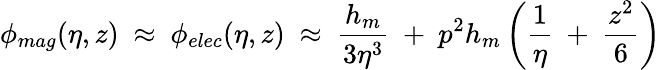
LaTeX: \phi_{mag}(\eta,z)~\approx~\phi_{elec}(\eta,z)~\approx~\frac{h_{m}}{3\eta^{3}}~+~p^{2}h_{m}\left(\frac 1\eta~+~\frac{z^{2}}6\right)